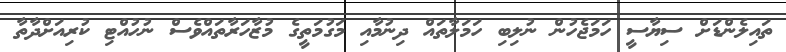
ތައިލެންޑަށް ސިޔާސީ ހަމަޖެހުން ނުލިބި ހަމަލާތައް ދިނުމާއި މަގުމަތީގެ މުޒާހަރާތައްވެސް ނުހުއްޓި ކުރިއަށްދާތާ